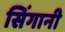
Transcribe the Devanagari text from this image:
सिंगानी